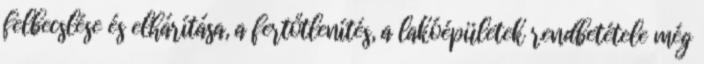
felbecslése és elhárítása, a fertőtlenítés, a lakóépületek rendbetétele még